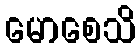
မောစေသိ